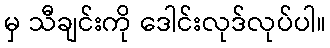
မှ သီချင်းကို ဒေါင်းလုဒ်လုပ်ပါ။